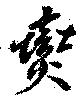
燮